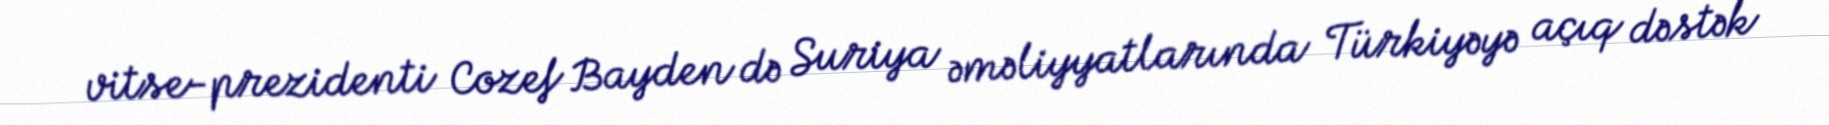
vitse-prezidenti Cozef Bayden də Suriya əməliyyatlarında Türkiyəyə açıq dəstək